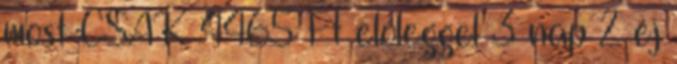
most CSAK 4465 Ft előleggel 3 nap 2 éj